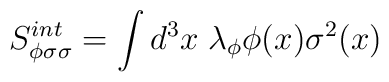
S^{int}_{\phi\sigma\sigma} = \int d^3 x \; \lambda_\phi \phi(x) \sigma^2(x)